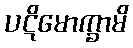
ပဋိမောက္ခာမိ